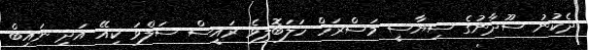
ދެކުނު ސޫދާނުގެ ސިޔާސީ މަސްރަހް ހަލަބޮލިވެ ރައީސް ސަލްވަ ކިއޭ އަދި ނައިބް